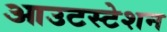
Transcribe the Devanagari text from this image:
आउटस्टेशन